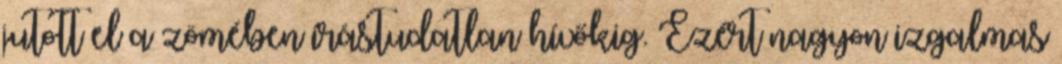
jutott el a zömében írástudatlan hívőkig. Ezért nagyon izgalmas